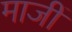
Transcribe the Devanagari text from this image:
माजीं